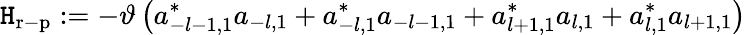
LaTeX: \mathtt{H}_{\mathrm{{r-p}}}:=-\vartheta\left(a_{-l-1,1}^{\ast}a_{-l,1}+a_{-l,1}^{\ast}a_{-l-1,1}+a_{l+1,1}^{\ast}a_{l,1}+a_{l,1}^{\ast}a_{l+1,1}\right)